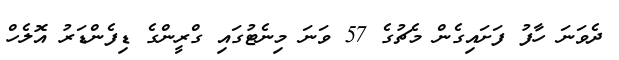
ދެވަނަ ހާފު ފަށައިގެން މެޗުގެ 57 ވަނަ މިނެޓުގައި ގްރީންގެ ޑިފެންޑަރު އޮލެހް